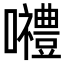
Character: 𡅏